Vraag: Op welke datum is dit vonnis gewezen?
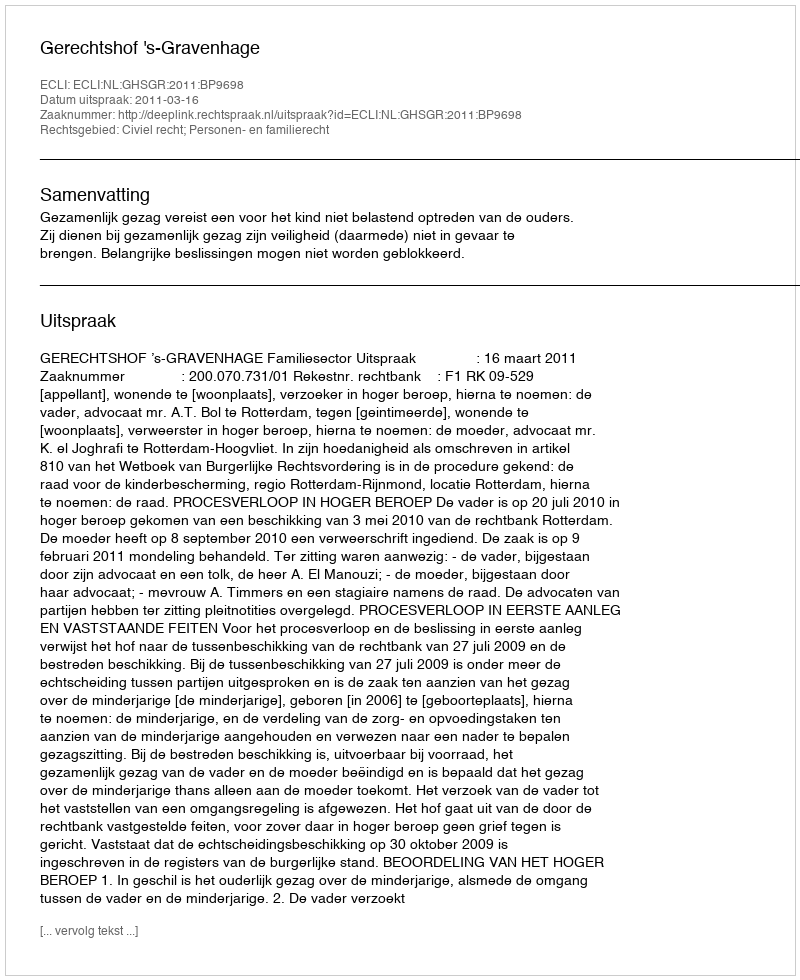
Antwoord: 2011-03-16